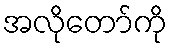
အလိုတော်ကို